Sketch of the medical history of the native army of Bombay, for the year
Year: 1876
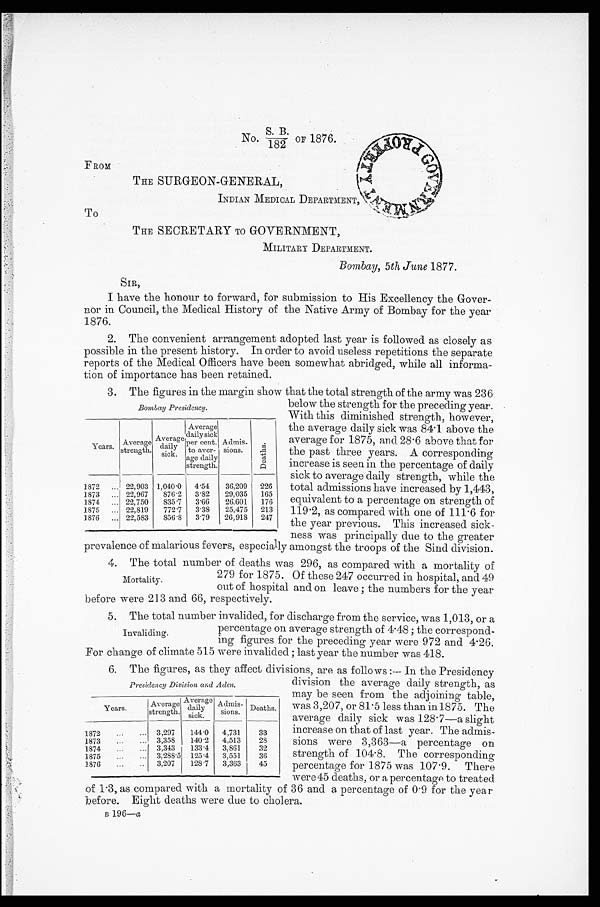
N o . S . B . / 1 8 2 O F 1 8 7 6 .
THE SURGEON-GENERAL,
INDIAN MEDICAL DEPARTMENT
FROM
To
THE SECRETARY TO GOVERNMENT,
MILITARY DEPARTMENT.
Bombay, 5th June 1877.
SIR,
I have the honour to forward, for submission to His Excellency the Gover-
nor in Council, the Medical History of the Native Army of Bombay for the year
1876.
2. The convenient arrangement adopted last year is followed as closely as
possible in the present history. In order to avoid useless repetitions the separate
reports of the Medical Officers have been somewhat abridged, while all informa-
tion of importance has been retained.
2. The figures in the margin show that the total strength of the army was 236
Bombay Presidency.
Y e a r s .
A v e r a g e
strength.
Average d a i l y
sick.
Average
daily sick
p e r c e n t . t o a v e r -
age daily
strength.
A dmis-
sions.
D e a t h s .
1872
...
22,903 1,040 .0 4.54 36,209 226
1873 ... 22,967 876.2 3.82 29,035 165
1874 ... 22,750 835.7 3.66 26,601 176
1875 ... 22,819 772.7 3.38 25,475 213
1876 ... 22,583 856.8 3.79 26,918 247
below the strength for the preceding year.
With this diminished strength, however,
the average daily sick was 84 . 1 above the
average for 1875, and 28.6 above that for
the past three years. A corresponding
increase is seen in the percentage of daily
sick to average daily strength, while the
total admissions have increased by 1,443,
equivalent to a percentage on strength of
119 . 2, as compared with one of 111 . 6 for
the year previous. This increased sick-
ness was principally due to the greater
prevalence of malarious fevers, especially amongst the troops of the Sind division.
4. The total number of deaths was 296. as compared with a mortality of
Mortality.
279 for 1875. Of these 247 occurred in hospital, and 49
out of hospital and on leave ; the numbers for the year
before were 213 and 66, respectively,
5. The total number invalided, for discharge from the service, was 1,013. or a
Invaliding.
percentage on average strength of 4.48 ; the correspond-
ing figures for the preceding year were 972 and 4.26.
For change of climate 515 were invalided ; last year the number was 418.
6. The figures, as they affect divisions, are as follows :— In the Presidency
Presidency Division and Aden.
Years.
Average
strength.
Average
daily sick
A d m i s s i o n s . Deaths.
1872 . . .
. . . 3,297 144.0 4,731
33
1873 . . .
. . . 3,358 140.2 4,513
2 8
1874
. . .
. . . 3,343 133.4 3,861
32
1 875
. . . ... 3,288.5 125 .4 3,551
36
1876 ...
. . . 3,207 128.7 3,363
45
division the average daily strength, as
may be seen from the adjoining table,
was 3,207, or 81.5 less than in 1875. The
average daily sick was 128.7—a slight
increase on that of last year. The admis-
sions were 3,363—a percentage on
strength of 104.8. The corresponding
percentage for 1875 was 107 . 9. There
were 45 deaths, or a percentage to treated
of 1.3, as compared with a mortality of 36 and a percentage of 0 . 9 for the year
before. Eight deaths were due to cholera..
B 196— a